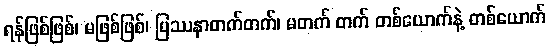
ရန်ဖြစ်ဖြစ်၊ မဖြစ်ဖြစ်၊ ပြဿနာတက်တက်၊ မတက် တက် တစ်ယောက်နဲ့ တစ်ယောက်